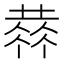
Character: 𠍳